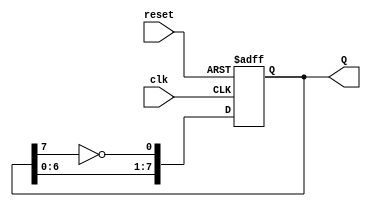
module johnson_counter (
    input wire clk,        // Clock signal
    input wire reset,      // Asynchronous reset signal
    output reg [7:0] Q     // 8-bit output representing the counter state
);

    // Always block for synchronous behavior
    always @(posedge clk or posedge reset) begin
        if (reset) begin
            // Asynchronous reset: set all flip-flops to 0
            Q <= 8'b00000000;
        end else begin
            // Johnson counter logic
            Q[0] <= ~Q[7]; // Invert the last flip-flop output and feed to the first
            Q[7:1] <= Q[6:0]; // Shift the current state
        end
    end

endmodule